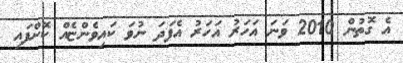
އެ ގޮތުން 2010 ވަނަ އަހަރު އަހަރު އެފަދަ ނުވަ ކައިވެންޏެއް ކޮށްފައި